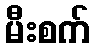
မီးစက်